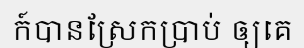
ក៍បានស្រែកប្រាប់ ឲ្យគេ